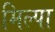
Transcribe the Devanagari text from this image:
मिल्पा